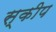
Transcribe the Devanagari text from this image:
स्कीप